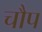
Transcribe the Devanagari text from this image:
चौप